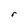
Character: r